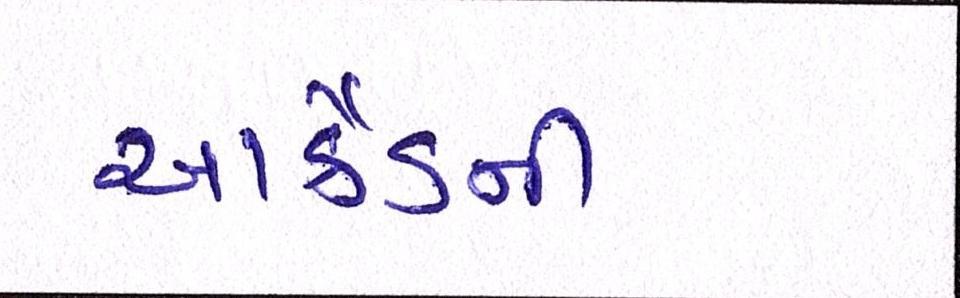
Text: આર્કેડની